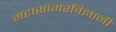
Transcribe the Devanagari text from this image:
महासागरविज्ञानी